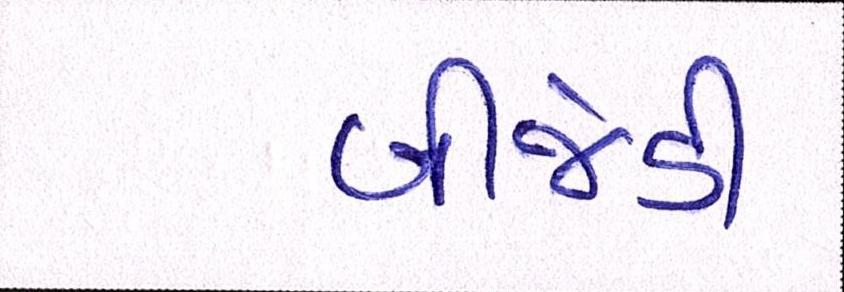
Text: બીજેડી